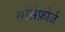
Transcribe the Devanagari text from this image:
सोर्सफ़ोर्ज